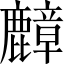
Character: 𪋟